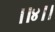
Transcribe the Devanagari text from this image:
।।४।।